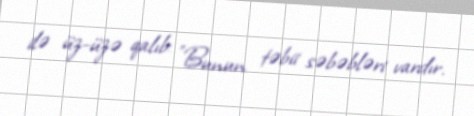
ilə üz-üzə qalıb: "Bunun təbii səbəbləri vardır.